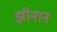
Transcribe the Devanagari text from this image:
झीनान